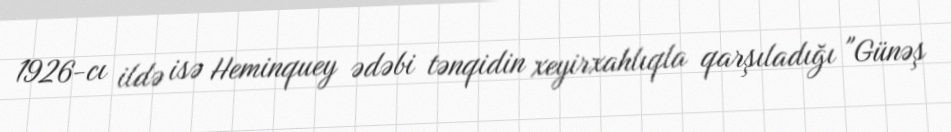
1926-cı ildə isə Heminquey ədəbi tənqidin xeyirxahlıqla qarşıladığı "Günəş